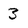
Character: 3